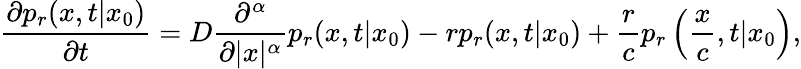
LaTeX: \frac{\partial p_{r}(x,t|x_{0})}{\partial t}=D\frac{\partial^{\alpha}}{\partial|x|^{\alpha}}p_{r}(x,t|x_{0})-rp_{r}(x,t|x_{0})+\frac{r}{c}p_{r}\left(\frac{x}{c},t|x_{0}\right),